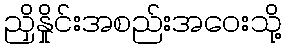
ညှိနှိုင်းအစည်းအဝေးသို့